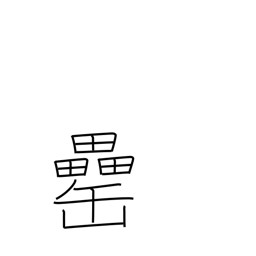
Meaning: liquor jar